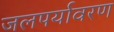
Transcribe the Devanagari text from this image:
जलपर्यावरण